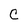
Character: C